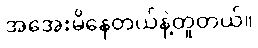
အအေးမိနေတယ်နဲ့တူတယ်။